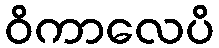
ဝိကာလေပိ